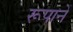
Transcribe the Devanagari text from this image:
रूपानें